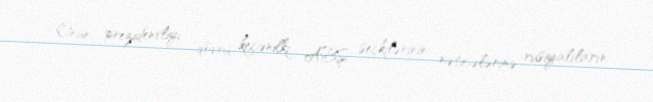
Onun prezidentliyi dövrü, keçənilki ABŞ seçkilərinin nəticələrinə rusiyalıların